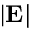
| \bf E |